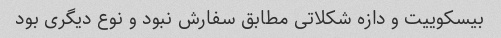
بیسکوییت و دازه شکلاتی مطابق سفارش نبود و نوع دیگری بود